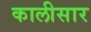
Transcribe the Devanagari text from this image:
कालीसार